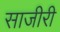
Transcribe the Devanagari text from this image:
साजीरी